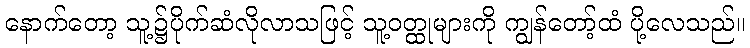
နောက်တော့ သူ့၌ပိုက်ဆံလိုလာသဖြင့် သူ့ဝတ္ထုများကို ကျွန်တော့်ထံ ပို့လေသည်။